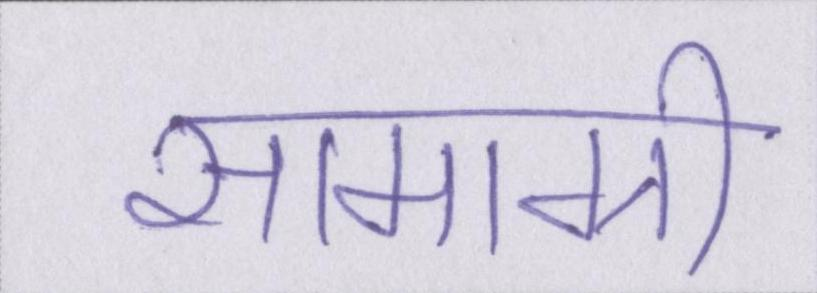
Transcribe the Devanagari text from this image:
सामाग्री